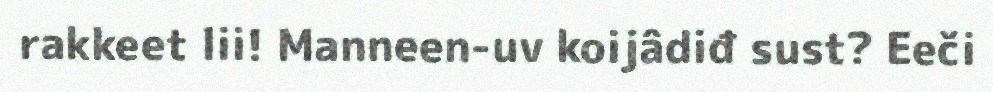
rakkeet lii! Manneen-uv koijâdiđ sust? Eeči